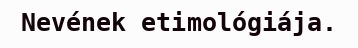
Nevének etimológiája.